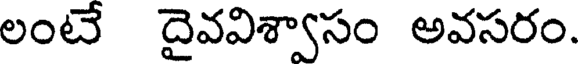
లంటే దైవవిశ్వాసం అవసరం.